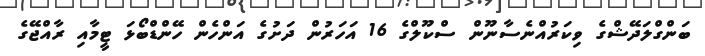
ބަންގްލަދޭޝްގެ ވިކަރުއްނެސާނޫން ސްކޫލްގެ 16 އަހަރުން ދަށުގެ އަންހެން ހޭންޑްބޯޅަ ޓީމާއި ރާއްޖޭގެ